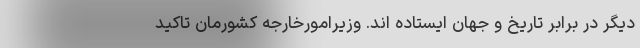
دیگر در برابر تاریخ و جهان ایستاده اند. وزیرامورخارجه کشورمان تاکید